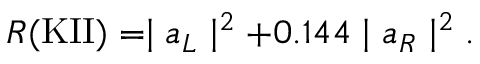
R ( \mathrm { K I I } ) = \mid a _ { L } \mid ^ { 2 } + 0 . 1 4 4 \mid a _ { R } \mid ^ { 2 } .